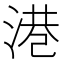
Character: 港